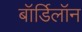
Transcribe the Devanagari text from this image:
बॉर्डिलॉन